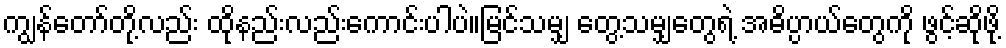
ကျွန်တော်တို့လည်း ထိုနည်းလည်းကောင်းပါပဲ။မြင်သမျှ တွေ့သမျှတွေရဲ့ အဓိပ္ပာယ်တွေကို ဖွင့်ဆိုဖို့